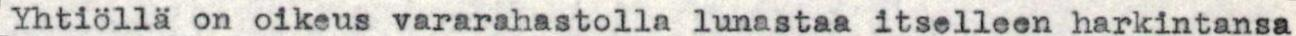
Yhtiöllä on oikeus vararahastolla lunastaa itselleen harkintansa